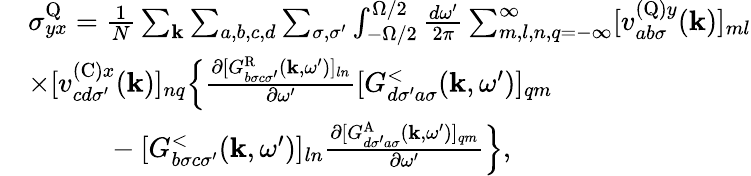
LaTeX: \begin{array}{rl}&{\sigma_{yx}^{\textrm{Q}}=\frac{1}{N}\sum_{\mathbf{k}}\sum_{a,b,c,d}\sum_{\sigma,\sigma^{\prime}}\int_{-\Omega/2}^{\Omega/2}\frac{d\omega^{\prime}}{2\pi}\sum_{m,l,n,q=-\infty}^{\infty}[v_{ab\sigma}^{(\textrm{Q})y}(\mathbf{k})]_{ml}}\\ &{\times[v_{cd\sigma^{\prime}}^{(\textrm{C})x}(\mathbf{k})]_{nq}\Bigl\{ \frac{\partial[G_{b\sigma c\sigma^{\prime}}^{\textrm{R}}(\mathbf{k},\omega^{\prime})]_{ln}}{\partial\omega^{\prime}}[G_{d\sigma^{\prime}a\sigma}^{<}(\mathbf{k},\omega^{\prime})]_{qm}}\\ &{\ \ \ \ \ \ \ \ \ \ \ -[G_{b\sigma c\sigma^{\prime}}^{<}(\mathbf{k},\omega^{\prime})]_{ln}\frac{\partial[G_{d\sigma^{\prime}a\sigma}^{\textrm{A}}(\mathbf{k},\omega^{\prime})]_{qm}}{\partial\omega^{\prime}}\Bigr\} ,}\end{array}